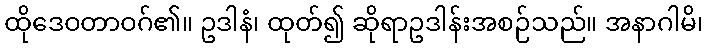
ထိုဒေဝတာဝဂ်၏။ ဥဒါနံ၊ ထုတ်၍ ဆိုရာဥဒါန်းအစဉ်သည်။ အနာဂါမိ၊